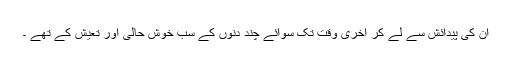
ان کی پیدائش سے لے کر آخری وقت تک سوائے چند دنوں کے سب خوش حالی اور تعیش کے تھے ۔